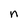
Character: n